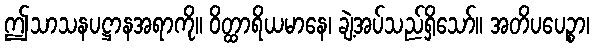
ဤသာသနပဋ္ဌာနအရာကို။ ဝိတ္ထာရိယမာနေ၊ ချဲ့အပ်သည်ရှိသော်။ အတိပပေဉ္စာ၊